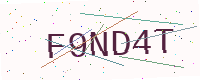
Text: F9ND4T